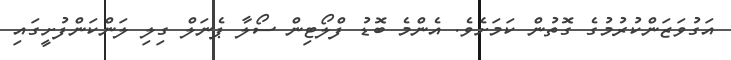
އަގުވަޒަންކުރުމުގެ ގޮތުން ކަމަށެވެ. އެންމެ ބޮޑު ފްލޯޓިން ސޯލާ ޕެނަލް ގިލި ލަންކަންފުށީގައި